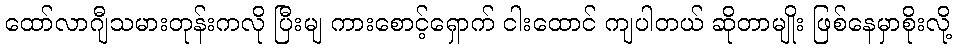
ထော်လာဂျီသမားတုန်းကလို ပြီးမျ ကားစောင့်ရှောက် ငါးထောင် ကျပါတယ် ဆိုတာမျိုး ဖြစ်နေမှာစိုးလို့